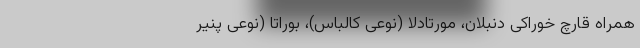
همراه قارچ خوراکی دنبلان، مورتادلا (نوعی کالباس)، بوراتا (نوعی پنیر